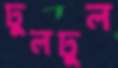
ঢুলঢুল